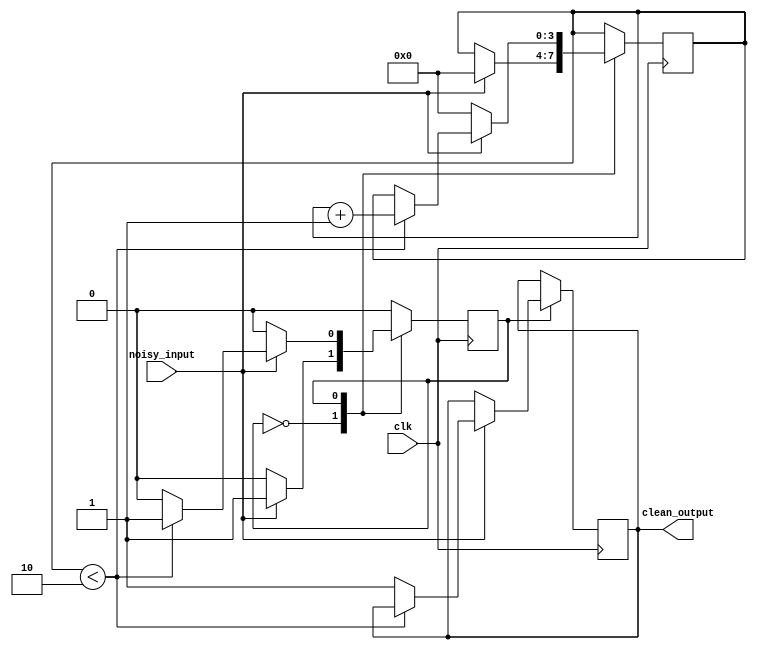
module debounce_circuit (
    input wire clk,
    input wire noisy_input,
    output reg clean_output
);

// Define states for the debounce state machine
parameter STATE_IDLE = 1'b0;
parameter STATE_DEBOUNCE = 1'b1;

// Define parameters for debounce counter
parameter DEBOUNCE_COUNT = 3;  // Number of clock cycles to wait before changing output

// Define internal signals
reg state;
reg [3:0] debounce_counter;

// State machine logic
always @(posedge clk) begin
    case(state)
        STATE_IDLE:
            begin
                if(noisy_input) begin
                    state <= STATE_DEBOUNCE;
                    debounce_counter <= 0;
                end
            end
        STATE_DEBOUNCE:
            begin
                if(noisy_input) begin
                    if(debounce_counter < DEBOUNCE_COUNT - 1) begin
                        debounce_counter <= debounce_counter + 1;
                    end else begin
                        clean_output <= 1;
                        state <= STATE_IDLE;
                    end
                end else begin
                    debounce_counter <= 0;
                    state <= STATE_IDLE;
                end
            end
    endcase
end

// Initializations
initial begin
    state <= STATE_IDLE;
    debounce_counter <= 0;
    clean_output <= 0;
end

endmodule